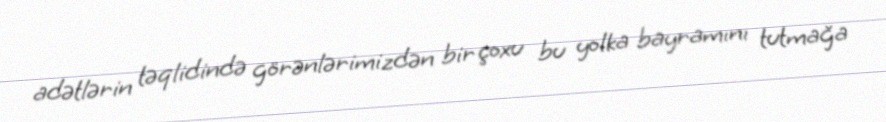
adətlərin təqlidində görənlərimizdən bir çoxu bu yolka bayramını tutmağa